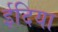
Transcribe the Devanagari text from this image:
ईदिया